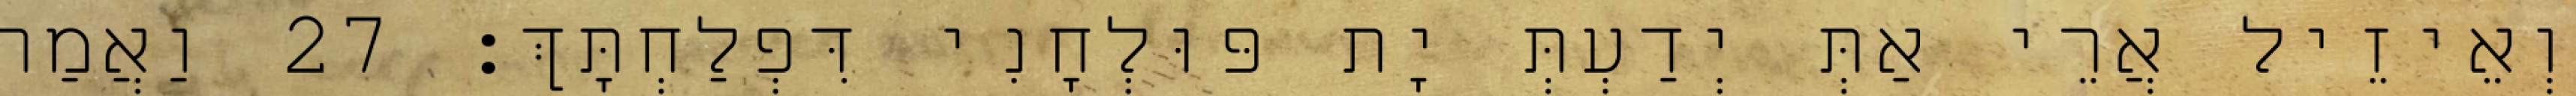
וְאֵיזֵיל אֲרֵי אַתְּ יְדַעְתְּ יָת פּוּלְחָנִי דִּפְלַחְתָּךְ׃ 27 וַאֲמַר